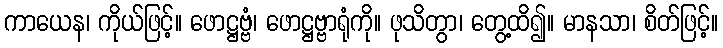
ကာယေန၊ ကိုယ်ဖြင့်။ ဖောဋ္ဌဗ္ဗံ၊ ဖောဋ္ဌဗ္ဗာရုံကို။ ဖုသိတွာ၊ တွေ့ထိ၍။ မာနသာ၊ စိတ်ဖြင့်။